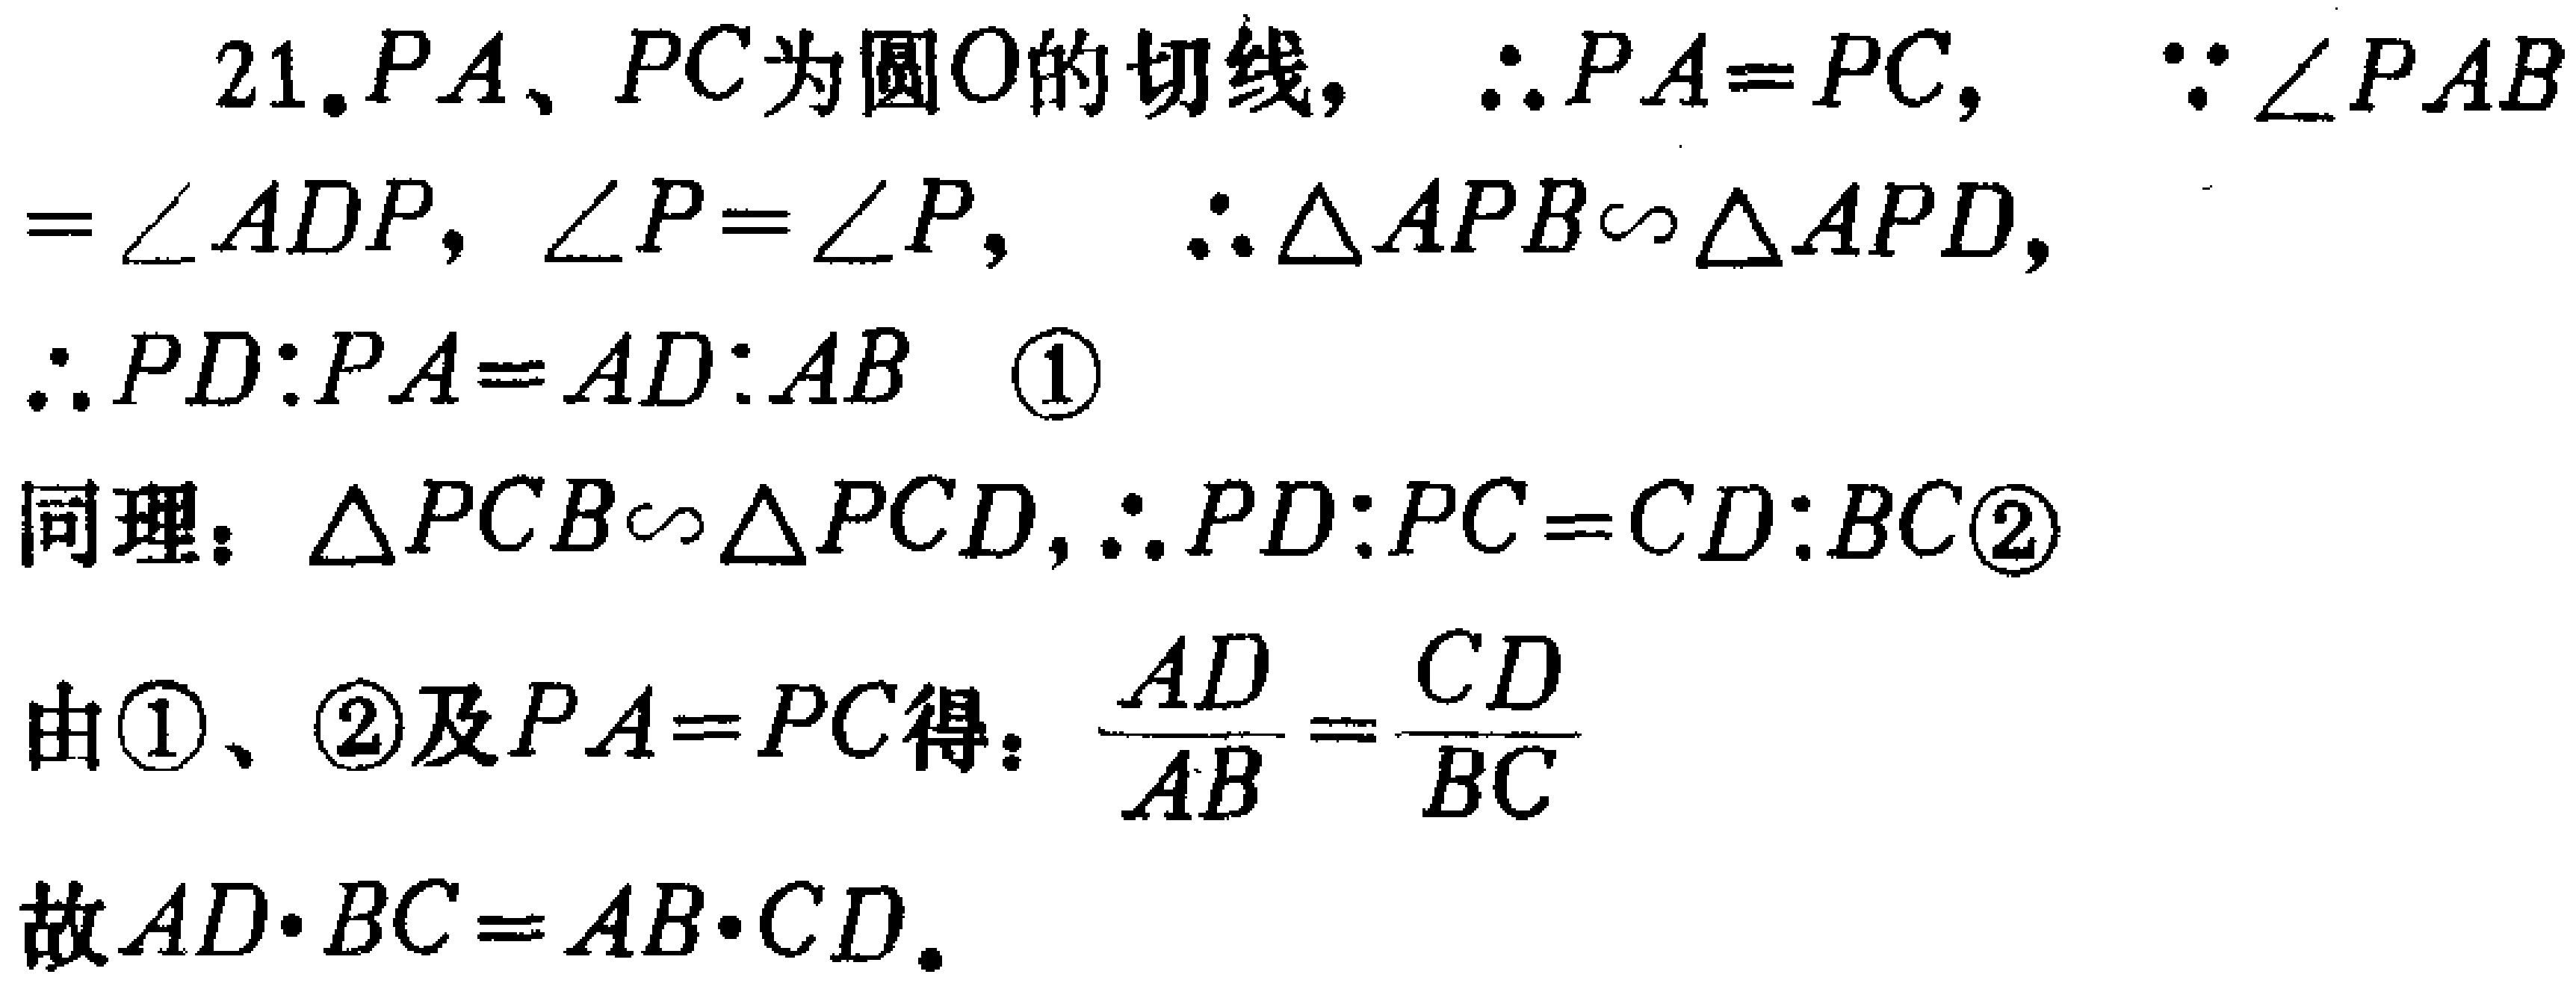
21. \(PA\)、\(PC\)为圆\(O\)的切线，\(\therefore PA = PC\)，\(\because\angle PAB=\angle ADP\)，\(\angle P=\angle P\)， \(\therefore\triangle APB\sim\triangle APD\)，

\(\therefore PD:PA = AD:AB\) \textcircled{1}

同理：\(\triangle PCB\sim\triangle PCD\)，\(\therefore PD:PC = CD:BC\)\textcircled{2}

由\textcircled{1}、\textcircled{2}及\(PA = PC\)得：\(\frac{AD}{AB}=\frac{CD}{BC}\)

故\(AD\cdot BC = AB\cdot CD\)。